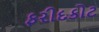
ફરીદકોટ